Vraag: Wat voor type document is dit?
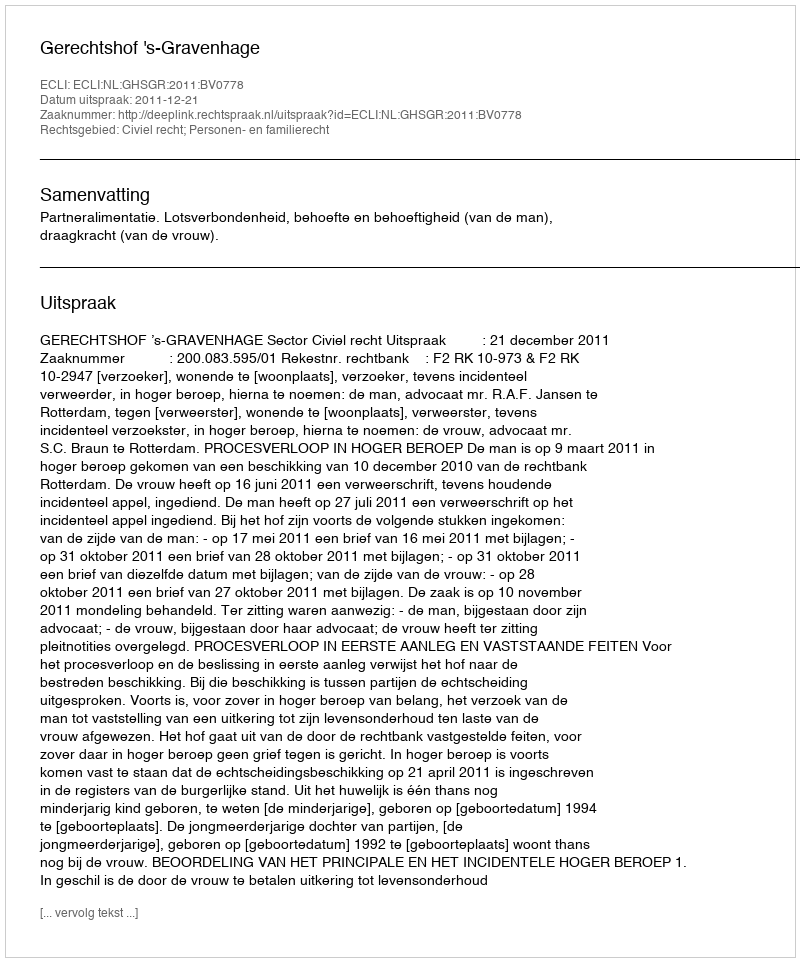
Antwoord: Uitspraak